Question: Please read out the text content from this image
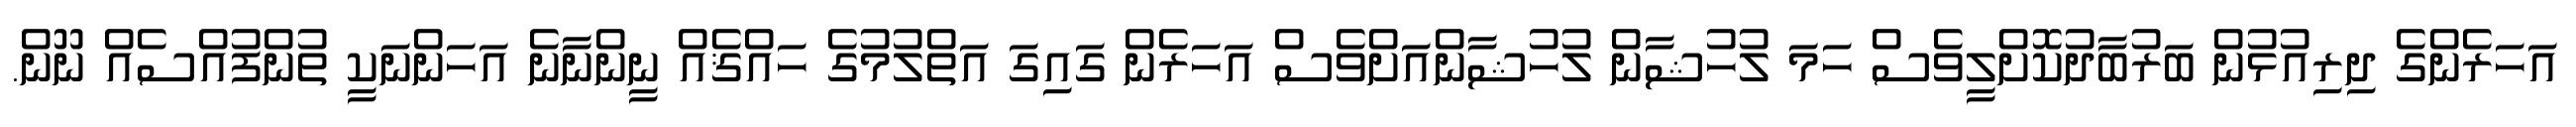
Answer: އަހަރެންގެ ދިރިއުޅުން ބަރުބާދުކޮށްލީވެސް ހަމަ ލުހުޝާން ލުހުޝާންއަށްވެސް އަހަރެން ގައިގަ އަތްލުމުގެ ހައްޤެއް ނީންނާނެ އަހަންނަކީ ތުންފުއްސެއް ނޫން.